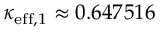
\kappa _ { \mathrm { e f f , } 1 } \approx 0 . 6 4 7 5 1 6